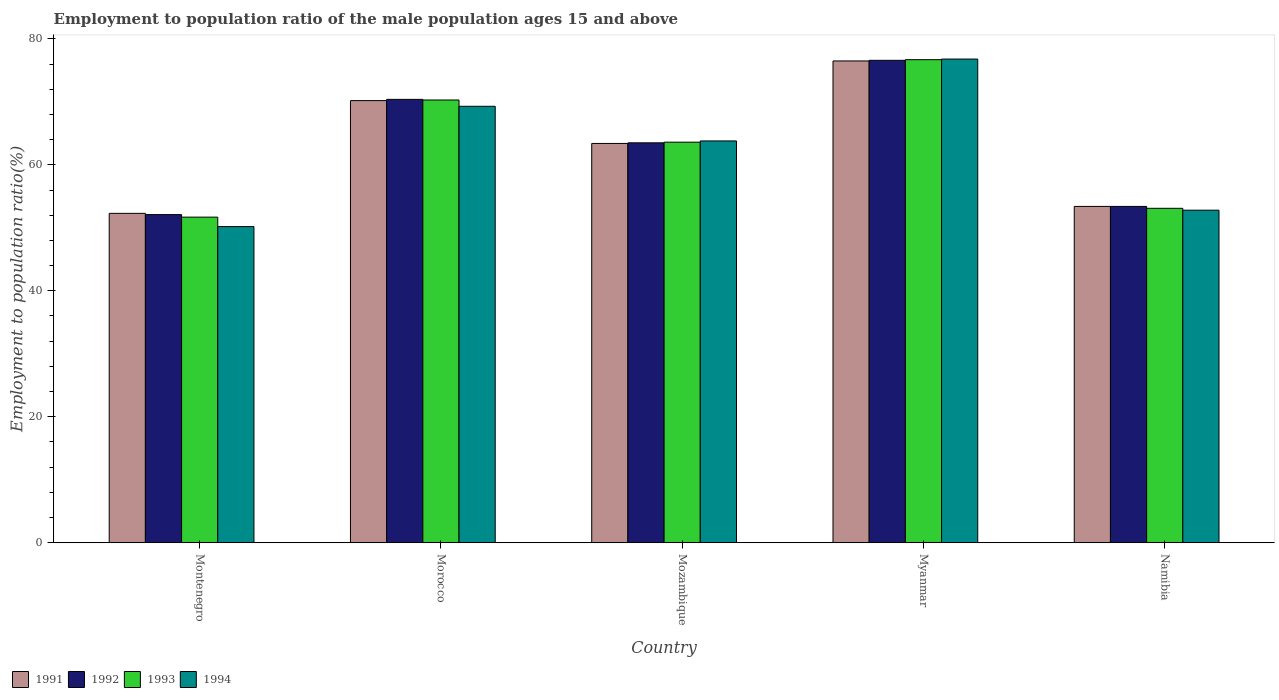
| Country | 1991 | 1992 | 1993 | 1994 |
 | --- | --- | --- | --- | --- |
 | Montenegro | 52.3 | 52.1 | 51.7 | 50.2 |
 | Morocco | 70.2 | 70.4 | 70.3 | 69.3 |
 | Mozambique | 63.4 | 63.5 | 63.6 | 63.8 |
 | Myanmar | 76.5 | 76.6 | 76.7 | 76.8 |
 | Namibia | 53.4 | 53.4 | 53.1 | 52.8 |